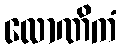
လောဏိကံ